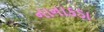
નાનાકડા